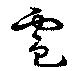
電